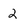
Character: 2